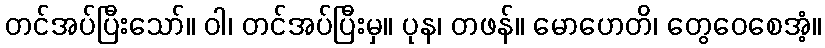
တင်အပ်ပြီးသော်။ ဝါ၊ တင်အပ်ပြီးမှ။ ပုန၊ တဖန်။ မောဟေတိ၊ တွေဝေစေအံ့။